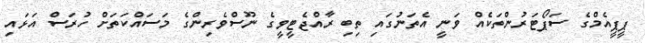
ޕީޕީއެމްގެ ސަޕޯޓަރުންތަކެއް ވަނީ އެތަނުގައި ތިބި ރާއްޖެޓީވީގެ ނޫސްވެރިންގެ މަސައްކަތަށް ހުރަސް އަޅައި